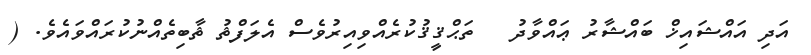
އަދި އައްޝައިޚް ބައްޝާރު ޢައްވާދު   ތަޙްޤީޤުކުރެއްވިއިރުވެސް އެލަފްޡު ޘާބިތެއްނުކުރައްވައެވެ. (